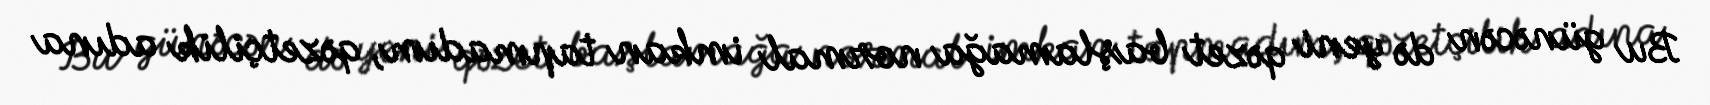
Bu günəcən də yeni qəzet başlamağa normal imkan tapmadım, qəzetçilik adına